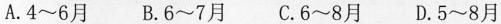
A.4~6月B.6~7月C.6~8月D.5~8月